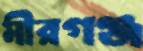
মীরগঞ্জ